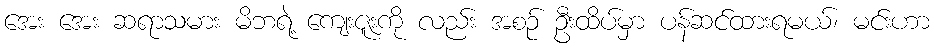
အေး အေး ဆရာသမား မိဘရဲ့ ကျေးဇူးကို လည်း အစဉ် ဦးထိပ်မှာ ပန်ဆင်ထားရမယ်၊ မင်းဟာ